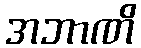
အဘာဏိ